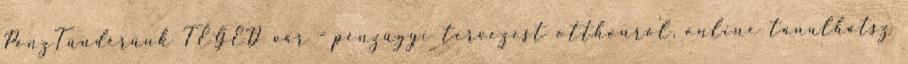
PénzTündérünk TÉGED vár - pénzügyi tervezést otthonról, online tanulhatsz